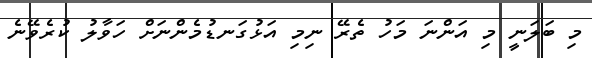
މި ބަލަނީ މި އަންނަ މަހު ތެރޭ ނިމި އަޅުގަނޑުމެންނަށް ހަވާލު ކުރެވޭނެ